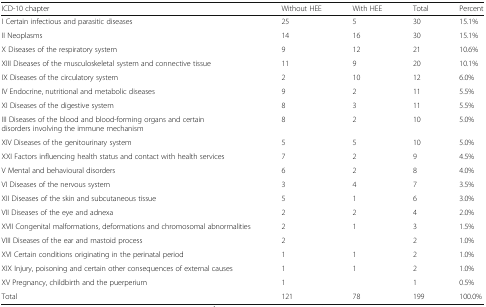
| ICD-10 chapter | Without HEE | With HEE | Total | Percent |
 | --- | --- | --- | --- | --- |
 | I Certain infectious and parasitic diseases | 25 | 5 | 30 | 15.1% |
 | II Neoplasms | 14 | 16 | 30 | 15.1% |
 | X Diseases of the respiratory system | 9 | 12 | 21 | 10.6% |
 | XIII Diseases of the musculoskeletal system and connective tissue | 11 | 9 | 20 | 10.1% |
 | IX Diseases of the circulatory system | 2 | 10 | 12 | 6.0% |
 | IV Endocrine, nutritional and metabolic diseases | 9 | 2 | 11 | 5.5% |
 | XI Diseases of the digestive system | 8 | 3 | 11 | 5.5% |
 | III Diseases of the blood and blood-forming organs and certain disorders involving the immune mechanism | 8 | 2 | 10 | 5.0% |
 | XIV Diseases of the genitourinary system | 5 | 5 | 10 | 5.0% |
 | XXI Factors influencing health status and contact with health services | 7 | 2 | 9 | 4.5% |
 | V Mental and behavioural disorders | 6 | 2 | 8 | 4.0% |
 | VI Diseases of the nervous system | 3 | 4 | 7 | 3.5% |
 | XII Diseases of the skin and subcutaneous tissue | 5 | 1 | 6 | 3.0% |
 | VII Diseases of the eye and adnexa | 2 | 2 | 4 | 2.0% |
 | XVII Congenital malformations, deformations and chromosomal abnormalities | 2 | 1 | 3 | 1.5% |
 | VIII Diseases of the ear and mastoid process | 2 |  | 2 | 1.0% |
 | XVI Certain conditions originating in the perinatal period | 1 | 1 | 2 | 1.0% |
 | XIX Injury, poisoning and certain other consequences of external causes | 1 | 1 | 2 | 1.0% |
 | XV Pregnancy, childbirth and the puerperium | 1 |  | 1 | 0.5% |
 | Total | 121 | 78 | 199 | 100.0% |